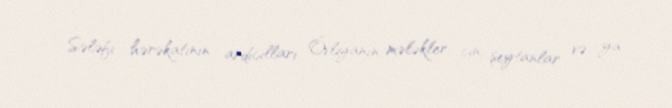
Sələfi hərəkatının ardıcılları Övliyanın, mələkler, cin, şeytanlar və ya